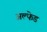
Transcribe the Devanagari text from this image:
अल्फेड